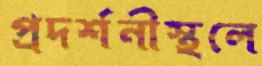
প্রদর্শনীস্থলে